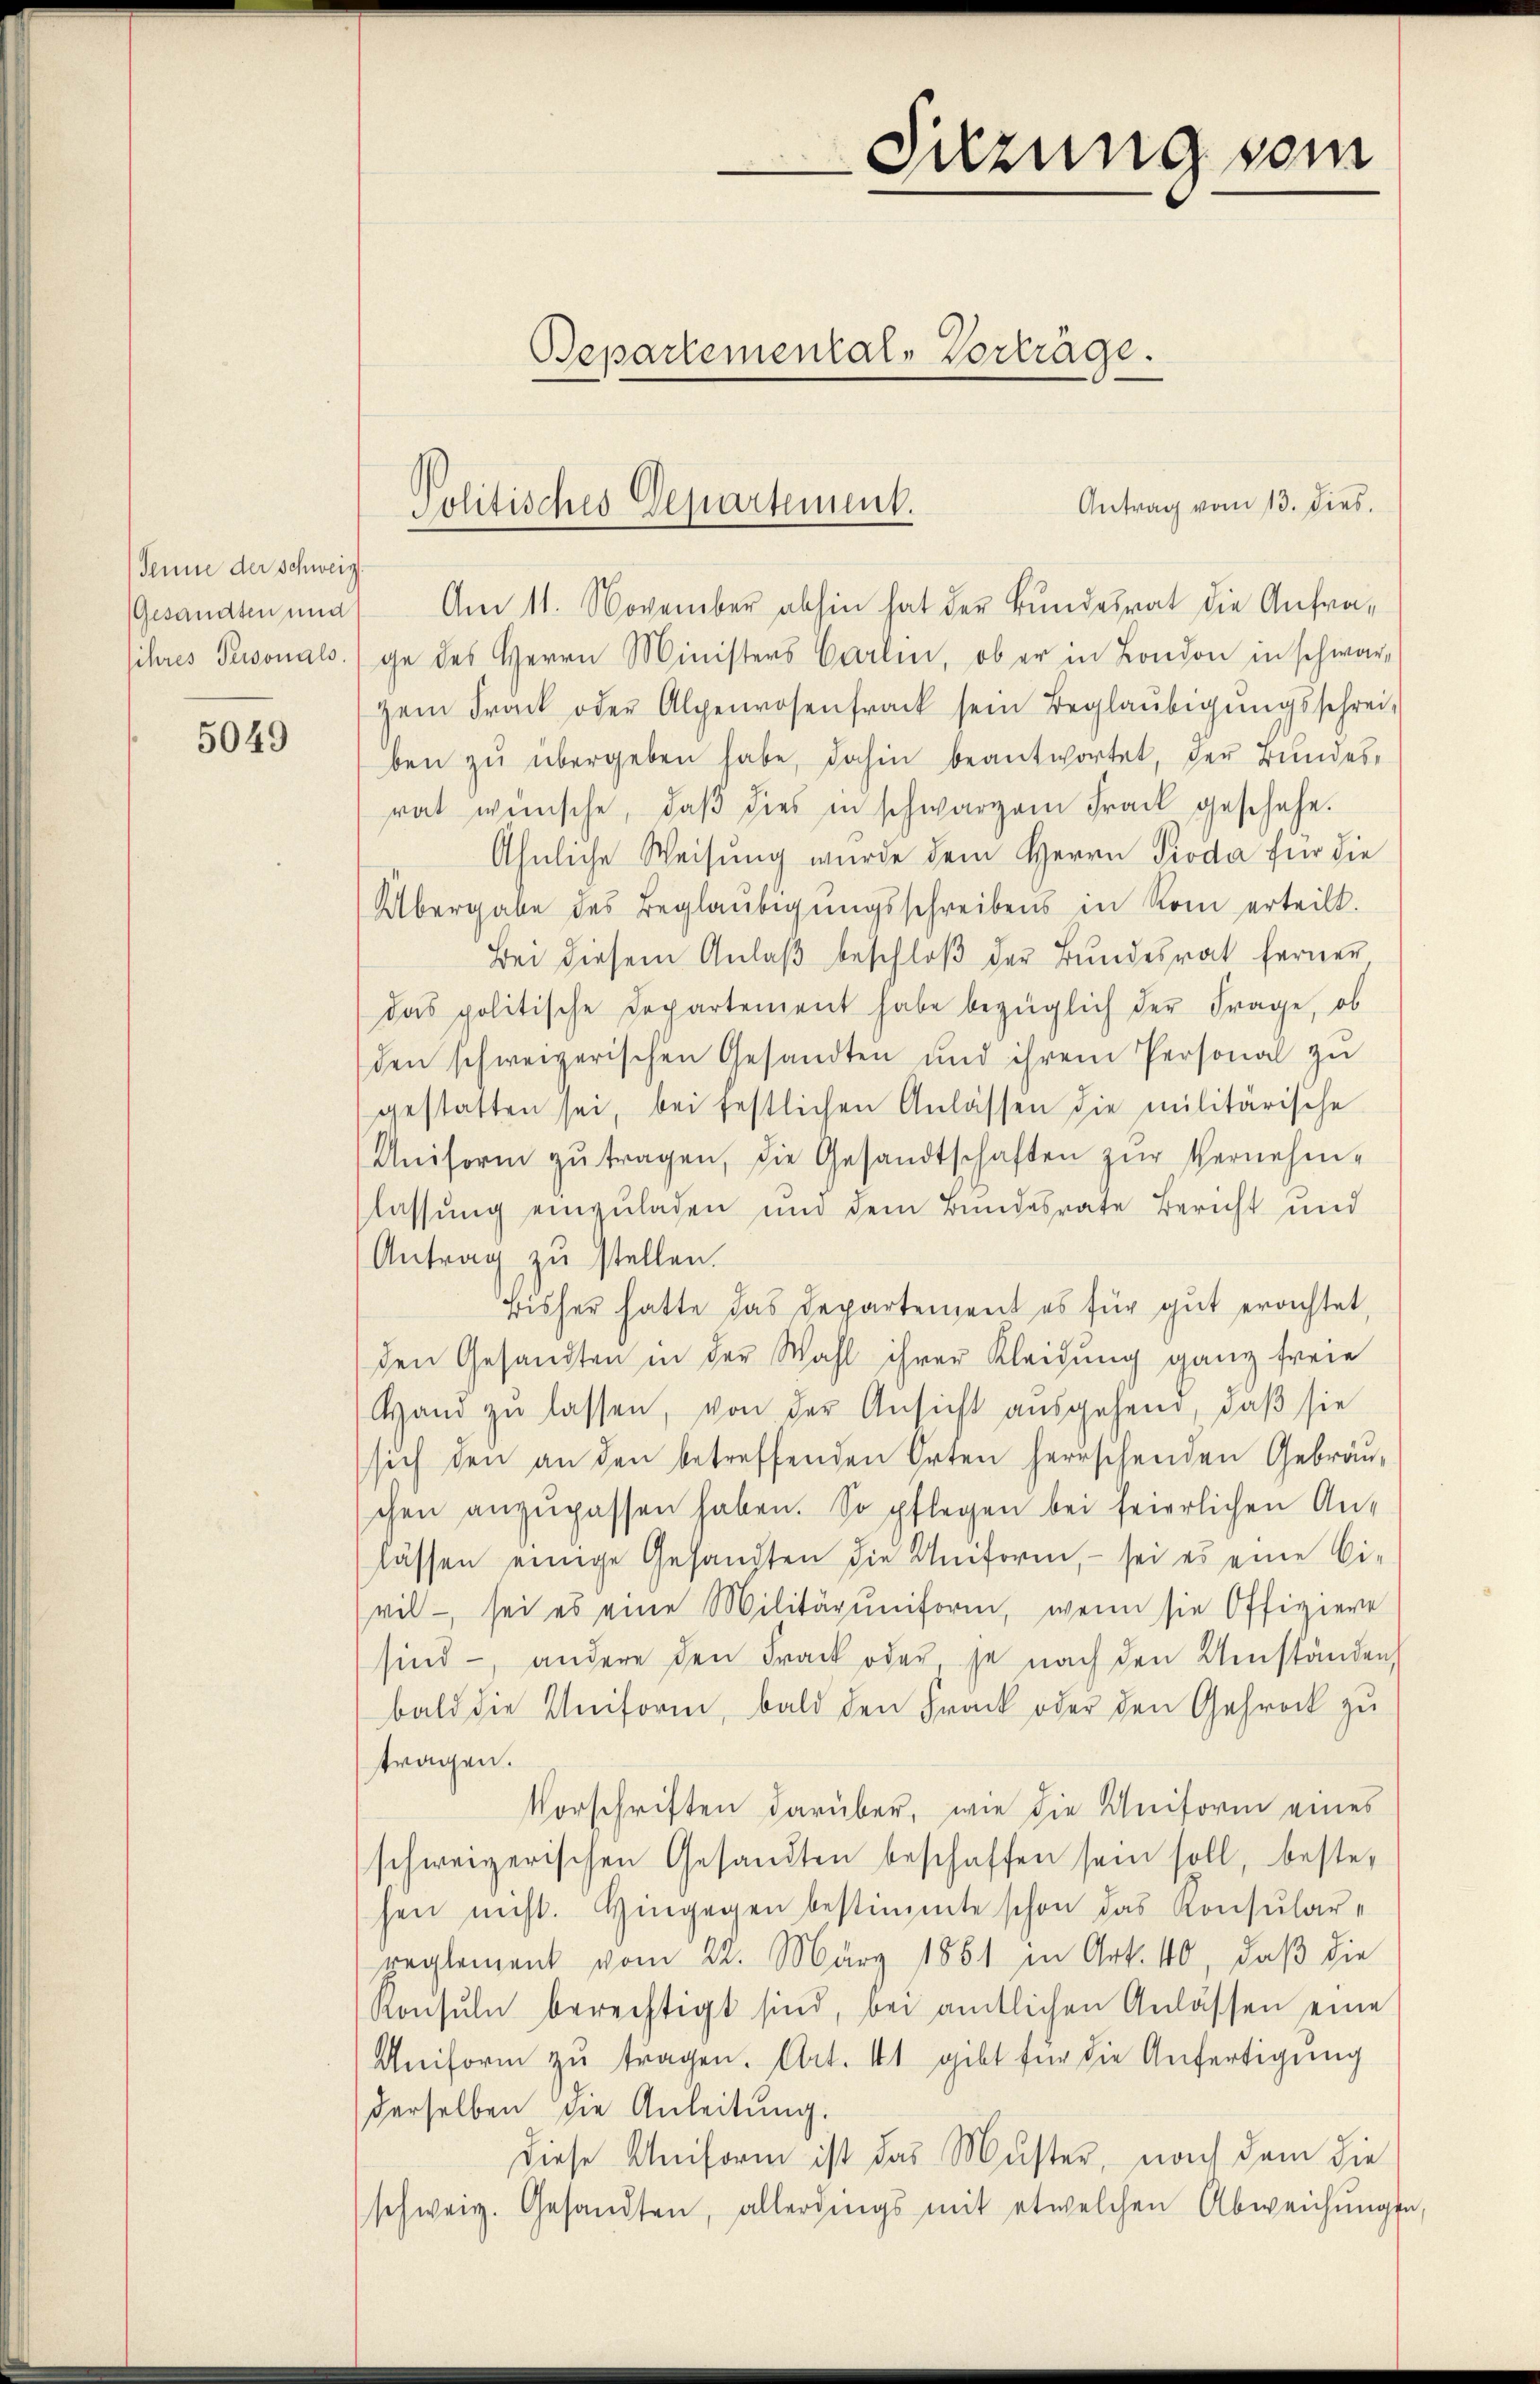
Senne der Schweiz.
sihres Personals.

5049

Antrag vom 13. Dies
Gesandten und Am 11. November abhin hat der Bundesrat die Anfrage des Herrn Ministers Carlin, ob er in London in schwar-
zem Track oder Alpenrosenfrack sein Beglaŭbigŭngsschrei-
ben zŭ übergeben habe, dahin beantwortet, der Bundes-
rat wünsche, daβ dies in schwarzem Frack geschehe.
Ähnliche Weisung wurde dem Herrn Pioda für die
Übergabe des Beglaŭbigŭngsschreibens in Rom erteilt.
Bei diesem Anlaβ beschloß der Bundesrat ferner
das politische Departement habe bezüglich der Frage, ob
den schweizerischen Gesandten und ihrem Personal zŭ
gestatten sei, bei festlichen Anlassen die militärische
Uniform zŭ tragen, die Gesandtschaften zŭr Vernehm-
lassung einzuladen und dem Bundesrate Bericht und
Antrag zŭ stellen.
Bisher hatte das Departement es für gut erachtet,
den Gesandten in der Wahl ihrer Kleidung ganz freie
Hand zu lassen, von der Ansicht ausgehend, daß sie
sich den an den betreffenden Orten herrschenden Gebräu-
chen anzupassen haben. So pflegen bei feierlichen An-
lassen einige Gesandten die Uniform, - sei es eine Ci-
vil - sei es eine Militäruniform, wenn sie Offiziere
sind, andere den Frack oder je nach den Umständen
bald die Uniform, bald den Frack oder den Gehrock zu
tragen.
Vorschriften darüber, wie die Uniform eines
schweizerischen Gesandten beschaffen sein soll, bestehen nicht. Hingegen bestimmte schon das Konsular-
reglement vom 22. März 1851 in Art. 40, daβ die
Ronsŭln berechtigt sind, bei amtlichen Anlassen eine
Uniform zŭ tragen. Art. 41 gibt für die Anfertigŭng
derselben die Anleitung.
Diese Uniform ist das Muster, nach dem die
schweiz. Gesandten, allerdings mit etwelchen Abweichŭngen

Bepartemental-Vorträge.

Politisches Departement.

Sitzung vom